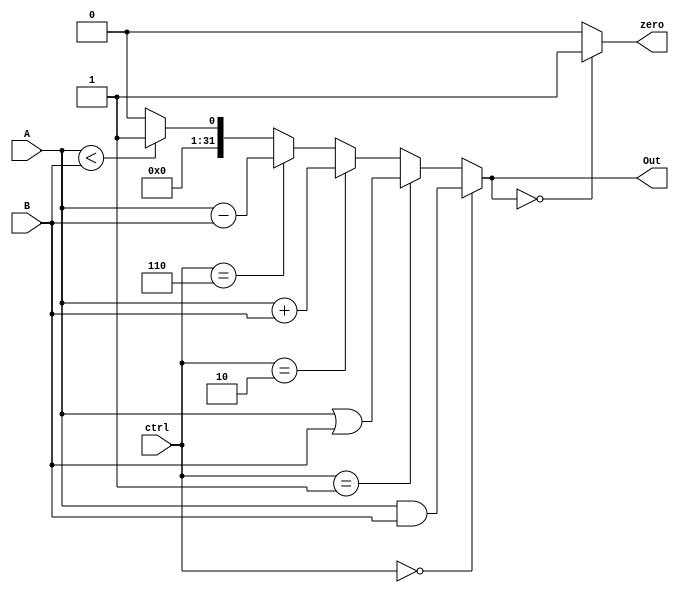
`timescale 1ns/1ns
module ALU (A, B, ctrl, Out, zero);
  input [31:0] A, B;
  input [2:0] ctrl;
  output [31:0] Out;
  output zero;
  assign Out =(ctrl == 3'b000) ? (A & B) :// for And
              (ctrl == 3'b001) ? (A | B) : // for Or
              (ctrl == 3'b010) ? (A + B) ://for Add
              (ctrl == 3'b110) ? (A - B) :// for Sub
	      (($signed(A)<$signed(B)) ? 32'd1: 32'd0);//for Slt
  assign zero = (Out == 32'd0) ? 1'b1 : 1'b0; 
endmodule